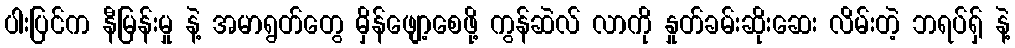
ပါးပြင်က နီမြန်းမှု နဲ့ အမာရွတ်တွေ မှိန်ဖျော့စေဖို့ ကွန်ဆဲလ် လာကို နှုတ်ခမ်းဆိုးဆေး လိမ်းတဲ့ ဘရပ်ရှ် နဲ့